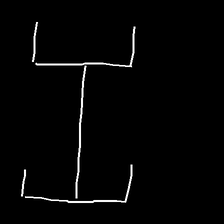
Glyph: entwine